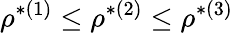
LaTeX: \rho^{*(1)}\leq\rho^{*(2)}\leq\rho^{*(3)}